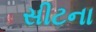
સીટના